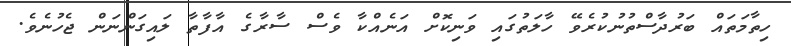
ހިތާމަތައް ބަރުދާސްތުނުކުރެވޭ ހާލަތުގައި ވަނިކޮށް އަނެއްކާ ވެސް ސާރާގެ އާފާތާ ލައިގަންނަން ޖެހުނެވެ.